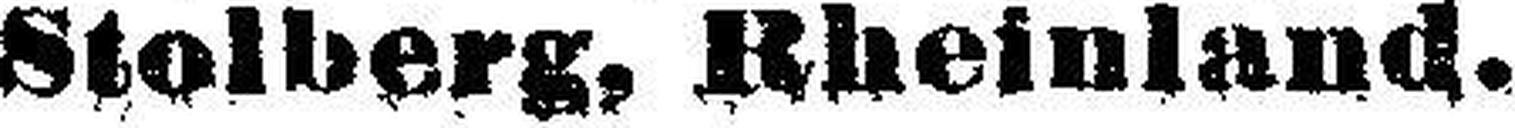
Stolberg, Rheinland.